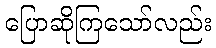
ပြောဆိုကြသော်လည်း